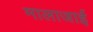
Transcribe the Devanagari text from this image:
मालाजाई